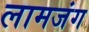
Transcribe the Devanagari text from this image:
लामजंग